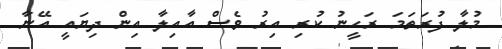
މުލާ ފުރަތަަމަ ރަހީނު ކުރި އިރު ވެސް އާއިލާ އިން ދިޔައީ އޭނާ